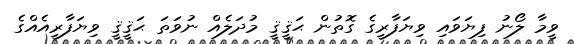
ވީމާ ލޯނު ފިޔަވައި ވިޔަފާރީގެ ގޮތުން ޙަޤީޤީ މުދަލެއް ނުވަތަ ޙަޤީޤީ ވިޔަފާރީއެއްގެ